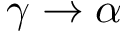
\gamma \to \alpha